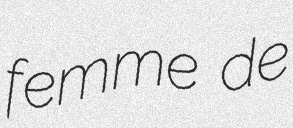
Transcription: femme de